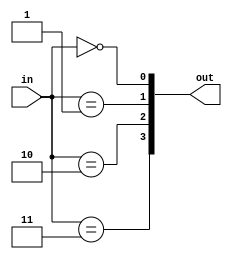
`default_nettype wire
module decoder #(
parameter WIDTH = 2
) (
input [WIDTH-1:0] in,
output [(2**WIDTH)-1:0] out
);

genvar i;
generate for (i=0; i<(2**WIDTH); i=i+1) begin : gen_for_dec
assign out[i] = (in == i);
end endgenerate

endmodule